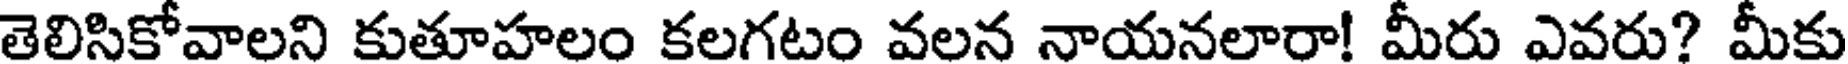
తెలిసికోవాలని కుతూహలం కలగటం వలన నాయనలారా! మీరు ఎవరు? మీకు